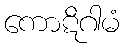
ကောဋိဂါမံ